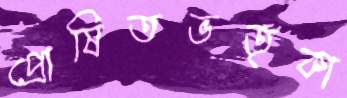
প্রোষিতভর্তৃকা